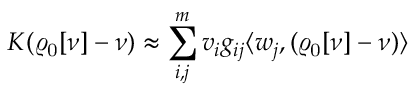
{ \cal K } ( \varrho _ { \mathrm { 0 } } [ \nu ] - \nu ) \approx \sum _ { i , j } ^ { m } v _ { i } g _ { i j } \langle w _ { j } , ( \varrho _ { \mathrm { 0 } } [ \nu ] - \nu ) \rangle